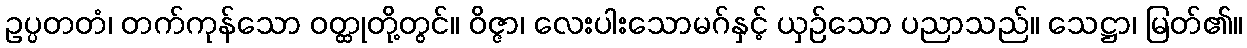
ဥပ္ပတတံ၊ တက်ကုန်သော ဝတ္ထုတို့တွင်။ ဝိဇ္ဇာ၊ လေးပါးသောမဂ်နှင့် ယှဉ်သော ပညာသည်။ သေဋ္ဌာ၊ မြတ်၏။